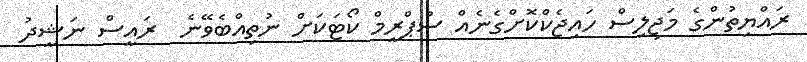
ރައްޔިތުންގެ މަޖިލިސް ހައިޖެކްކޮށްގެނެއް ސުޕްރީމް ކޯޓަކަށް ނުތިއްބެވޭނެ  ރައީސް ނަޝީދު